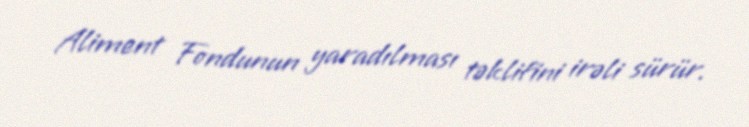
Aliment Fondunun yaradılması təklifini irəli sürür.